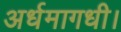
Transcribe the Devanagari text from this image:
अर्धमागधी।